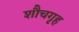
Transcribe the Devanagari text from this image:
शौचगृह